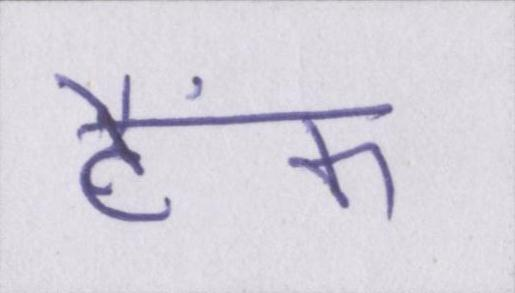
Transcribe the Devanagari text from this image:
टैंक